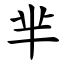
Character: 芈